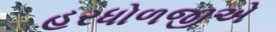
હરધોળજીએ